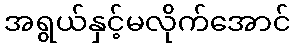
အရွယ်နှင့်မလိုက်အောင်